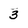
Character: 3